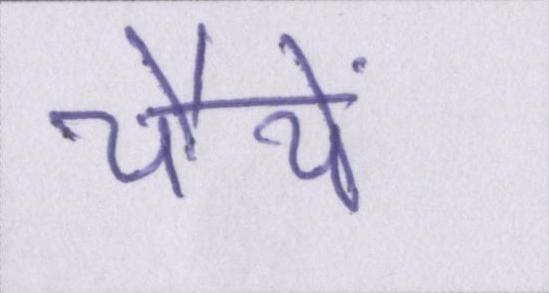
चौथे